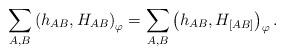
LaTeX: \begin{align*}\sum_{A ,B} \left( h_{ A B},{H_{ A B}}\right)_{ \varphi } = \sum_{A ,B } \left( h_{ A B } ,{H_{ [A B]}}\right)_{ \varphi }. \end{align*}